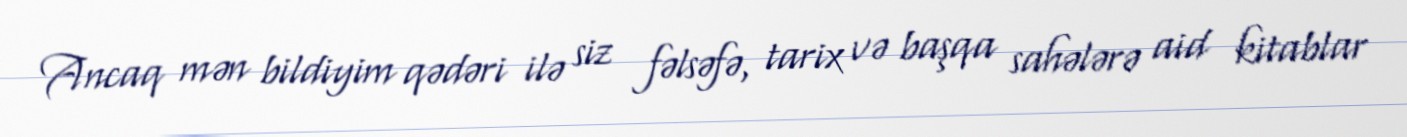
Ancaq mən bildiyim qədəri ilə siz fəlsəfə, tarix və başqa sahələrə aid kitablar